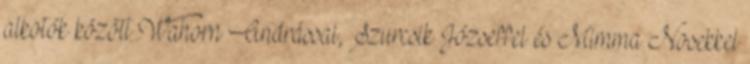
alkotók között Wahorn Andrással, Szurcsik Józseffel és Mimma Nosekkel